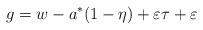
LaTeX: \begin{align*}g=w-a^*(1-\eta)+\varepsilon \tau+\varepsilon\end{align*}